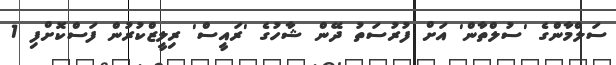
ސަލްމާންގެ 'ސުލްތާން' އަށް ފުރުސަތު ދޭން ޝާހުގެ 'ރައީސް' ރިލީޒްކުރުން ފަސްކޮށްފި 1